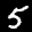
Label: 5